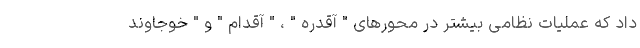
داد که عملیات نظامی بیشتر در محورهای " آقدره " ، " آقدام " و " خوجاوند